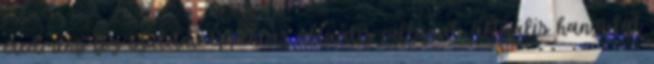
eredmény fog születni. Éppen az aktuális pillanat, aktuális hangulat